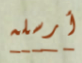
أرسله